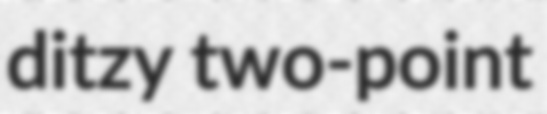
ditzy two-point